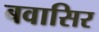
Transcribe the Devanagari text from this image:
बवासिर